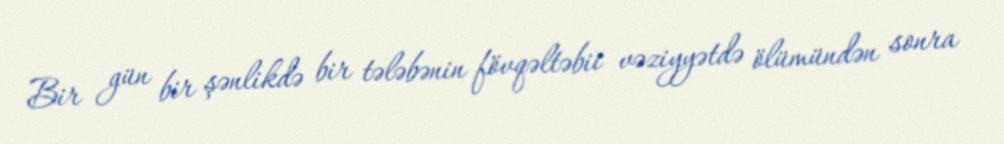
Bir gün bir şənlikdə bir tələbənin fövqəltəbii vəziyyətdə ölümündən sonra